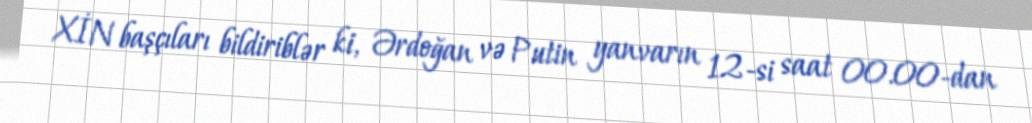
XİN başçıları bildiriblər ki, Ərdoğan və Putin yanvarın 12-si saat 00.00-dan